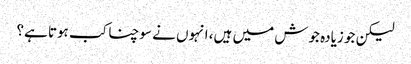
لیکن جو زیادہ جوش میں ہیں، انہوں نے سوچنا کب ہوتا ہے؟